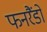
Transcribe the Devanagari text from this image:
फनरैंडो